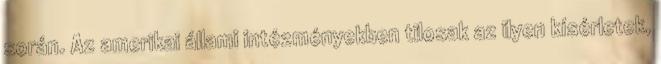
során. Az amerikai állami intézményekben tilosak az ilyen kísérletek,